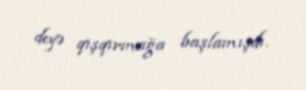
deyə qışqırmağa başlamışdı.